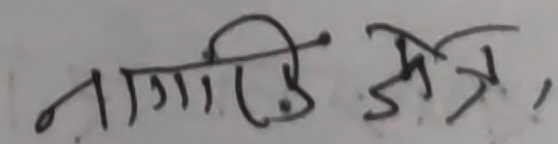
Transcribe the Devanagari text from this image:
नागरिजी जेत्र,